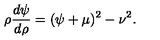
\rho \frac { d \psi } { d \rho } = ( \psi + \mu ) ^ { 2 } - \nu ^ { 2 } .